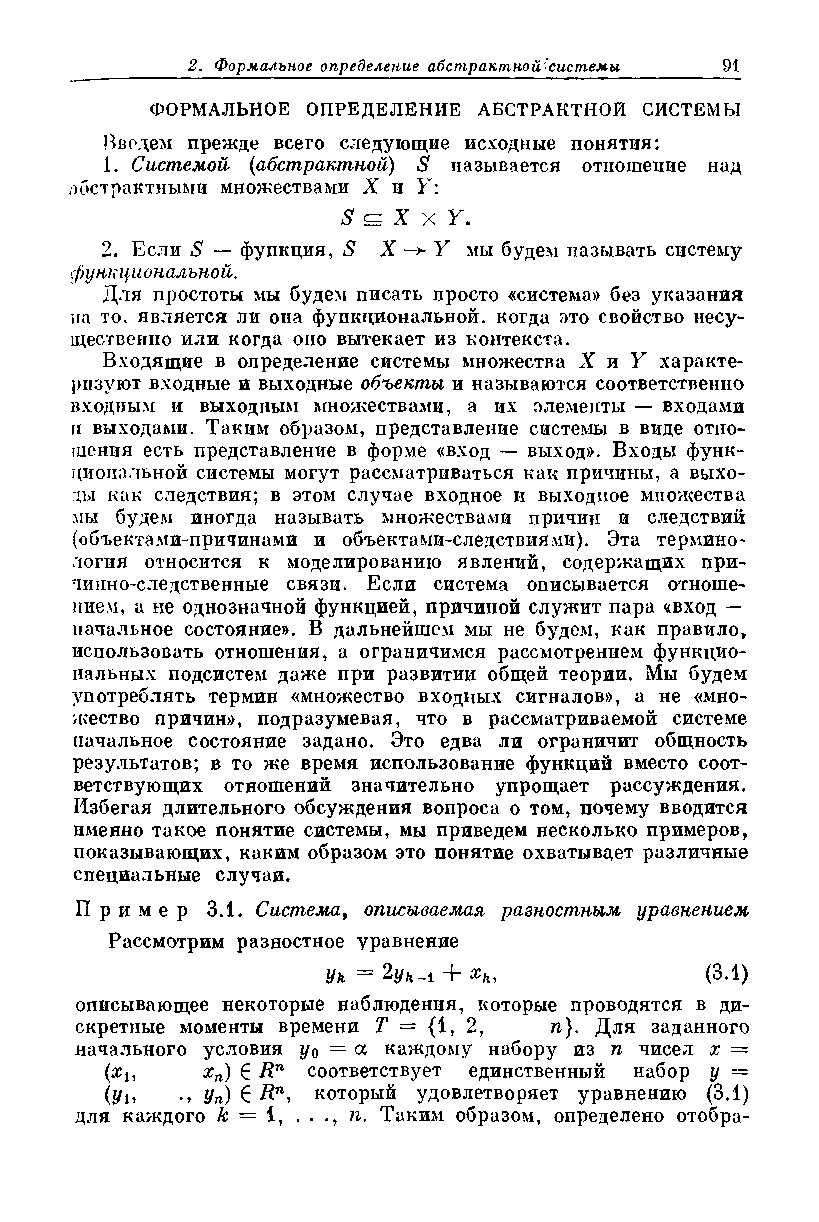
ФОРМАЛЬНОЕ ОПРЕДЕЛЕНИЕ АБСТРАКТНОЙ СИСТЕМЫ
 Введем прежде всего следующие исходные понятия:
 1. Системой {абстрактной) S называется отношение над
 абстрактными множествами X и Y:
 S с= X X Y.
 2. Если S — функция, S X —>- Y мы будем называть систему
 функциональной.
 Для простоты мы будем писать просто «система)) без указания
 на то. является ли она функциональной, когда это свойство несу­
 щественно или когда оно вытекает из контекста.
 Входящие в определение системы множества X и У характе­
 ризуют входные и выходные объекты и называются соответственно
 входным и выходным множествами, а их элементы — входами
 и выходами. Таким образом, представление системы в виде отно­
 шения есть представление в форме «вход — выход». Входы функ­
 циональной системы могут рассматриваться как причины, а выхо­
 ды как следствия; в этом случае входное и выходное множества
 мы будем иногда называть множествами причин и следствий
 (объектами-причинами и объектами-следствиями). Эта термино­
 логия относится к моделированию явлений, содержащих при­
 чинно-следственные связи. Если система описывается отноше­
 нием, а не однозначной функцией, причиной служит пара «вход —
 начальное состояние». В дальнейшем мы не будем, как правило,
 использовать отношения, а ограничимся рассмотрением функцио­
 нальных подсистем даже при развитии общей теории. Мы будем
 употреблять термин «множество входных сигналов», а не «мно­
 жество причин>>, подразумевая, что в рассматриваемой системе
 начальное состояние задано. Это едва ли ограничит общность
 результатов; в то же время использование функций вместо соот­
 ветствующих отношений значительно упрощает рассуждения.
 Избегая длительного обсуждения вопроса о том, почему вводится
 именно такое понятие системы, мы приведем несколько примеров,
 показывающих, каким образом это понятие охватывает различные
 специальные случаи.
 Пр и м е р 3.1. Система, описываемая разностным уравнением
 Рассмотрим разностное уравнение
 Ун = 2г/ь_1 + хк,        (3.1)
 описывающее некоторые наблюдения, которые проводятся в ди­
 скретные моменты времени Т = {1, 2, п). Для заданного
 начального условия у о = а каждому набору из п чисел х =
 (#i,  %п) 6 Rn соответствует единственный набор у —
 (уи   уп) € Rn-> который удовлетворяет уравнению (3.1)
 для каждого к = 1, . . ., п. Таким образом, определено отобра­